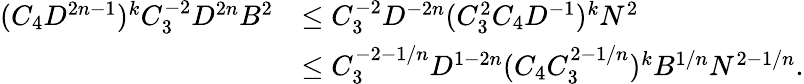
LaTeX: \begin{array}{rl}{(C_{4}D^{2n-1})^{k}C_{3}^{-2}D^{2n}B^{2}}&{\leq C_{3}^{-2}D^{-2n}(C_{3}^{2}C_{4}D^{-1})^{k}N^{2}}\\ &{\leq C_{3}^{-2-1/n}D^{1-2n}(C_{4}C_{3}^{2-1/n})^{k}B^{1/n}N^{2-1/n}.}\end{array}